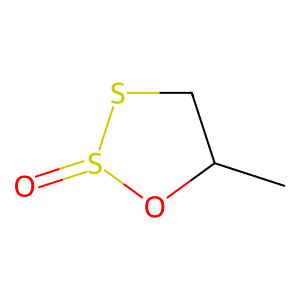
SMILES: CC1CSS(=O)O1
Inhibits HIV replication: No